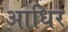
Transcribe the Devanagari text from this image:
आधिर